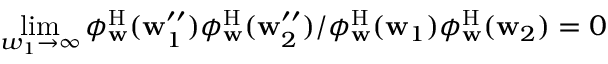
\operatorname* { l i m } _ { w _ { 1 } \to \infty } \phi _ { \mathbf { w } } ^ { \mathrm { H } } ( \mathbf { w } _ { 1 } ^ { \prime \prime } ) \phi _ { \mathbf { w } } ^ { \mathrm { H } } ( \mathbf { w } _ { 2 } ^ { \prime \prime } ) / \phi _ { \mathbf { w } } ^ { \mathrm { H } } ( \mathbf { w } _ { 1 } ) \phi _ { \mathbf { w } } ^ { \mathrm { H } } ( \mathbf { w } _ { 2 } ) = 0